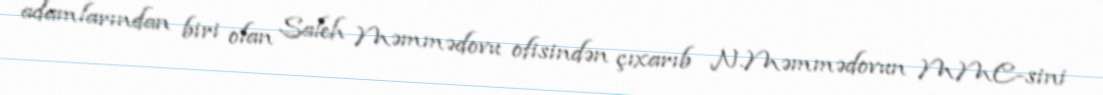
adamlarından biri olan Saleh Məmmədovu ofisindən çıxarıb N.Məmmədovun MMC-sini